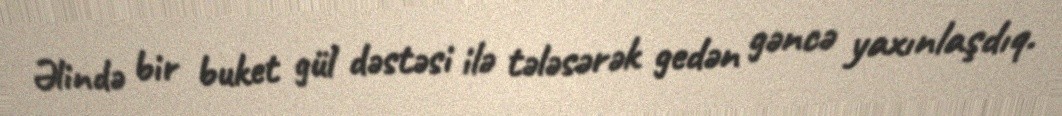
Əlində bir buket gül dəstəsi ilə tələsərək gedən gəncə yaxınlaşdıq.